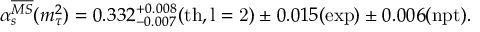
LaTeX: \alpha _ { s } ^ { \overline { { { M S } } } } ( m _ { \tau } ^ { 2 } ) = 0 . 3 3 2 _ { - 0 . 0 0 7 } ^ { + 0 . 0 0 8 } ( \mathrm { t h , l = 2 } ) \pm 0 . 0 1 5 ( \mathrm { e x p } ) \pm 0 . 0 0 6 ( \mathrm { n p t } ) .